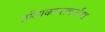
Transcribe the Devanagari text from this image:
प्रमेयकमलमार्तण्ड